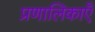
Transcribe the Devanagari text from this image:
प्रणालिकाएँ